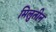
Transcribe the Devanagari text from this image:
मिलुतीन